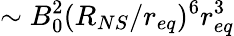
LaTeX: \sim B_{0}^{2}(R_{NS}/r_{eq})^{6}r_{eq}^{3}